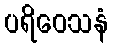
ပရိဝေသနံ